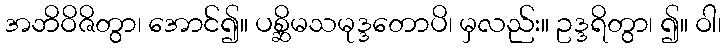
အဘိဝိဇိတွာ၊ အောင်၍။ ပစ္ဆိမသမုဒ္ဒတောပိ၊ မှလည်း။ ဥဒ္ဒရိတွာ၊ ၍။ ဝါ၊